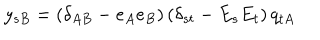
y _ { s B } = ( \delta _ { A B } - e _ { A } e _ { B } ) \, ( \delta _ { s t } - E _ { s } E _ { t } ) \, q _ { t A }